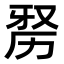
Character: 𭄮